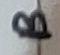
Text: B